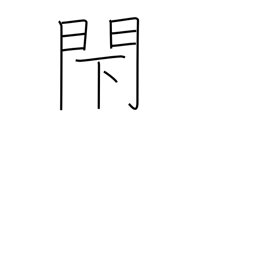
Meaning: block up